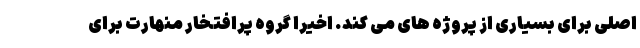
اصلی برای بسیاری از پروژه های می کند. اخیرا گروه پرافتخار منهارت برای